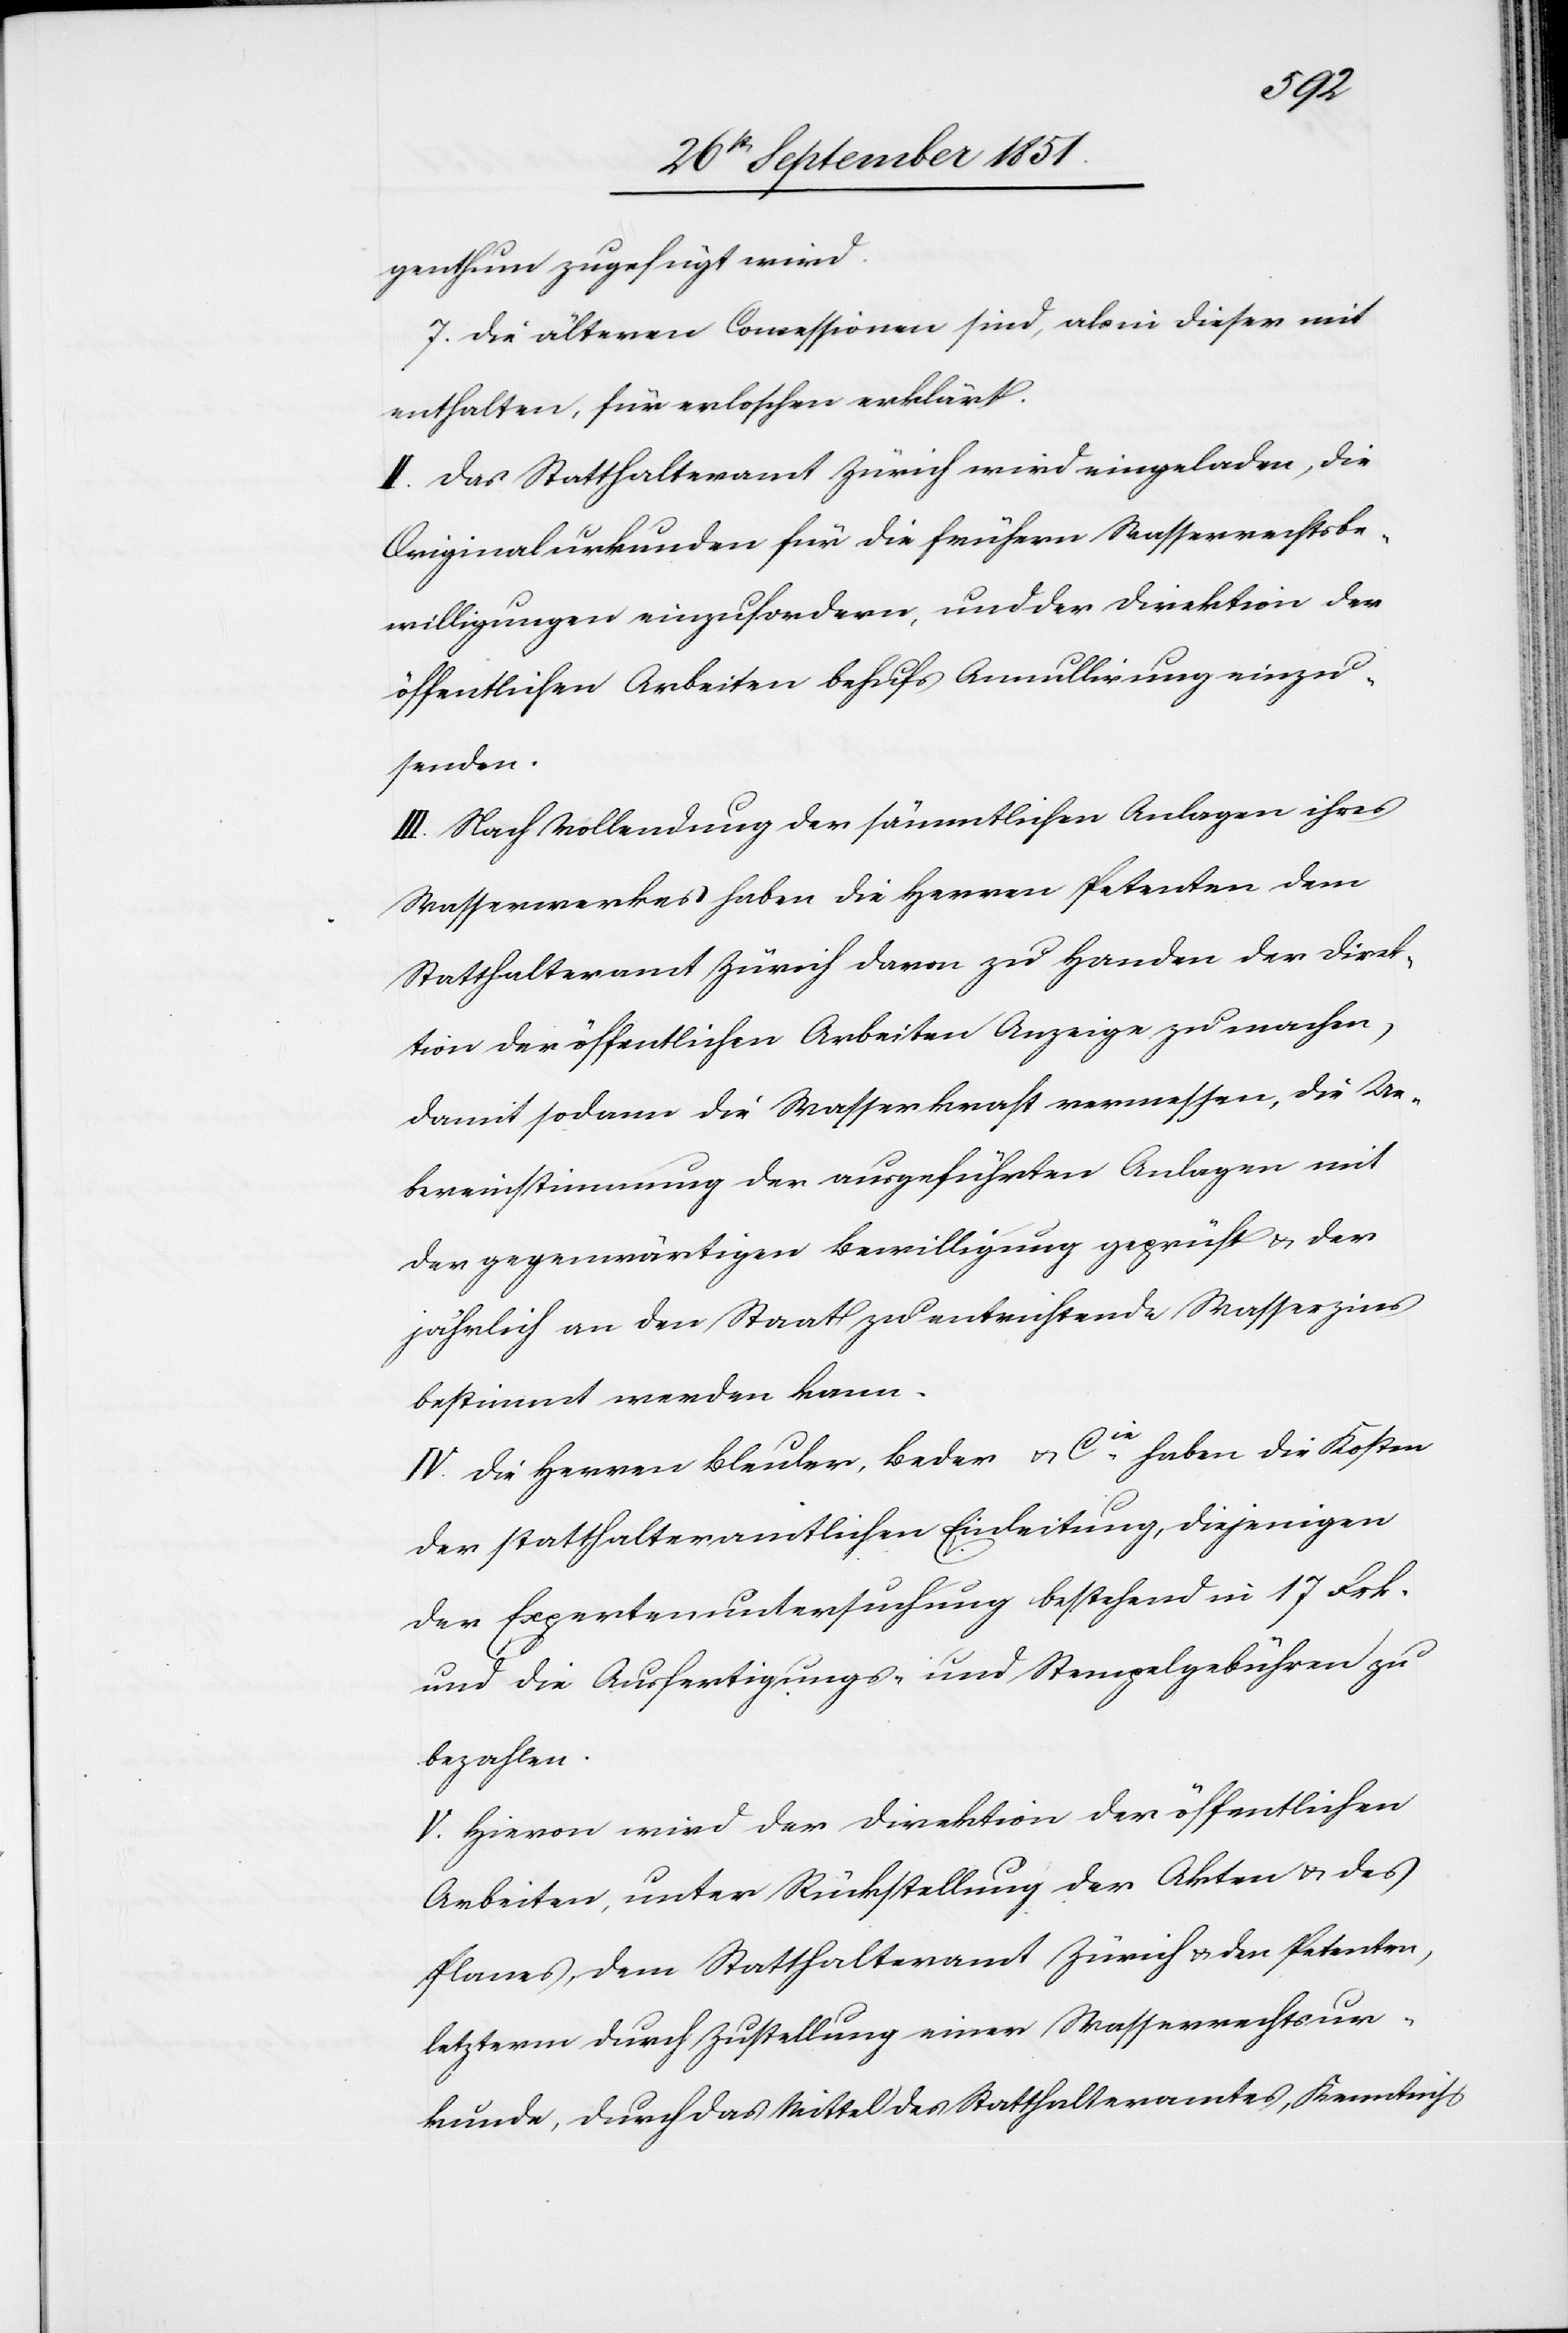
[recte:
genthum zugefügt wird.
Die älteren Concessionen sind, als in dieser mit
enthalten, für erloschen erklärt.
II. Das Statthalteramt Zürich wird eingeladen, die
Originalurkunden für die frühern Wasserrechtsbe¬
willigungen einzufordern, und der Direktion der
öffentlichen Arbeiten behufs Annullirung einzu¬
senden.
III. Nach Vollendung der sämmtlichen Anlagen ihres
Wasserwerkes haben die Herren Petenten dem
Statthalteramt Zürich davon zu Handen der Direk¬
tion der öffentlichen Arbeiten Anzeige zu machen,
damit sodann die Wasserkraft vermessen, die Ue¬
bereinstimmung der ausgeführten Anlagen mit
der gegenwärtigen Bewilligung geprüft & der
jährlich an den Staat zu entrichtende Wasserzins
bestimmt werden kann.
IV. Die Herren Bleuler, Beder & Cie. haben die Kosten
der statthalteramtlichen Einleitung, diejenigen
der Expertenuntersuchung bestehend in 17 Frk.
und die Ausfertigungs- und Stempelgebühren zu
bezahlen.
V. Hievon wird der Direktion der öffentlichen
Arbeiten, unter Rückstellung der Akten & des
Planes, dem Statthalteramt Zürich & den Petenten,
letztern] durch Zustellung einer Wasserrechtsur¬
kunde, durch das Mittel des Statthalteramtes, Kenntniß